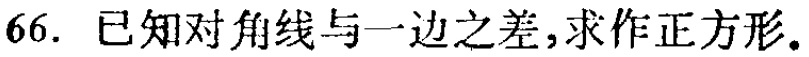
66. 已知对角线与一边之差，求作正方形。